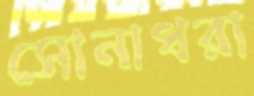
সোনাধরা